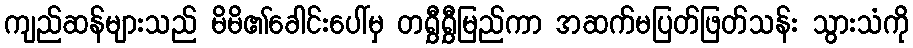
ကျည်ဆန်များသည် မိမိ၏ခေါင်းပေါ်မှ တရွှီရွှီမြည်ကာ အဆက်မပြတ်ဖြတ်သန်း သွားသံကို